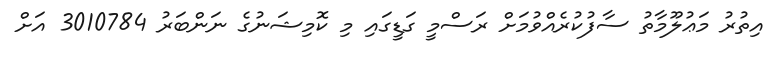
އިތުރު މަޢުލޫމާތު ސާފުކުރެއްވުމަށް ރަސްމީ ގަޑީގައި މި ކޮމިޝަނުގެ ނަންބަރު 3010784 އަށް